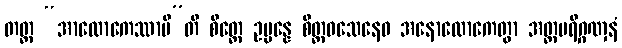
တတ္ထ “အာလောကေဿာမီ”တိ စိတ္တေ ဥပ္ပန္နေ စိတ္တဝသေနေဝ အနောလောကေတွာ အတ္ထပရိဂ္ဂဏှနံ